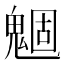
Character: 𲌪